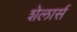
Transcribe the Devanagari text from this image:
शेलार्स